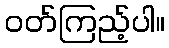
ဝတ်ကြည့်ပါ။